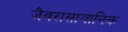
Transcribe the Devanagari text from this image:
जैवरासायानिक